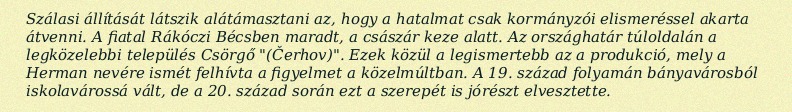
Szálasi állítását látszik alátámasztani az, hogy a hatalmat csak kormányzói elismeréssel akarta átvenni. A fiatal Rákóczi Bécsben maradt, a császár keze alatt. Az országhatár túloldalán a legközelebbi település Csörgő "(Čerhov)". Ezek közül a legismertebb az a produkció, mely a Herman nevére ismét felhívta a figyelmet a közelmúltban. A 19. század folyamán bányavárosból iskolavárossá vált, de a 20. század során ezt a szerepét is jórészt elvesztette.